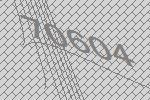
70604